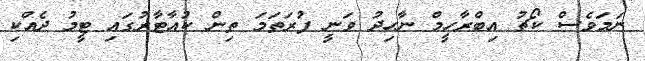
ނަމަވެސް ކޯޗު އިބްރާހީމް ނާހިދު ވަނީ ފުރަތަމަ ތިން ކުއާޓާރުގައި ޓީމު ދެއްކި